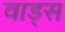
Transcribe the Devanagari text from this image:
वाड्स